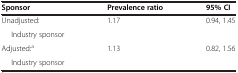
<table><thead><tr><td><b>Sponsor</b></td><td><b>Prevalence ratio</b></td><td><b>95% CI</b></td></tr></thead><tbody><tr><td>Unadjusted:</td><td rowspan="2">1.17</td><td rowspan="2">0.94, 1.45</td></tr><tr><td>Industry sponsor</td></tr><tr><td>Adjusted:<sup>a</sup></td><td>1.13</td><td>0.82, 1.56</td></tr><tr><td>Industry sponsor</td><td> </td><td> </td></tr></tbody></table>